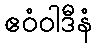
ဧဝံဝါဒီနံ